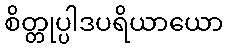
စိတ္တုပ္ပါဒပရိယာယော